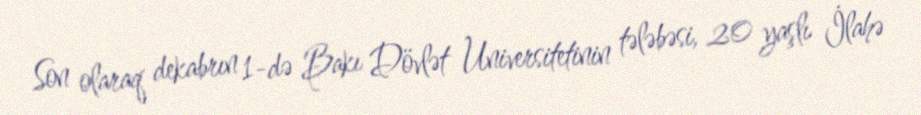
Son olaraq dekabrın 1-də Bakı Dövlət Universitetinin tələbəsi, 20 yaşlı İlahə